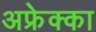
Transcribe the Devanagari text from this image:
अफ्रेक्का